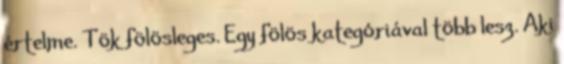
értelme. Tök fölösleges. Egy fölös kategóriával több lesz. Aki